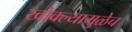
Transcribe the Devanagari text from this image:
खोक्ल्यामुळेच